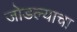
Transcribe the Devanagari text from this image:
जोडल्याचा